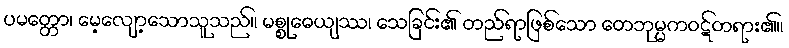
ပမတ္တော၊ မေ့လျော့သောသူသည်။ မစ္စုဓေယျဿ၊ သေခြင်း၏ တည်ရာဖြစ်သော တေဘုမ္မကဝဋ်တရား၏။